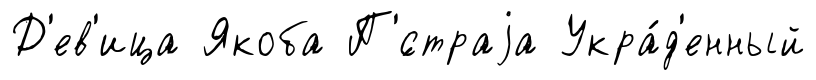
Д'ев'ица Якоба П'́страjа Укра́д'енный